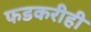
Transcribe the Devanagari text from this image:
फडकरीही